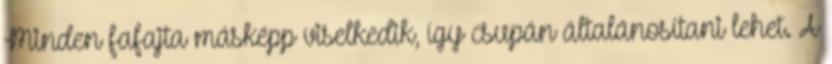
Minden fafajta másképp viselkedik, így csupán általánosítani lehet. A